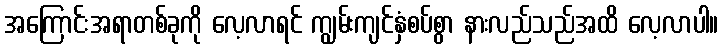
အကြောင်းအရာတစ်ခုကို လေ့လာရင် ကျွမ်းကျင်နှံစပ်စွာ နားလည်သည်အထိ လေ့လာပါ။